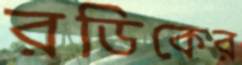
রডিকের